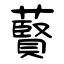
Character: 藖